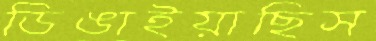
ডিঙাইয়াছিস